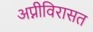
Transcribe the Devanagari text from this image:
अप्नीविरासत